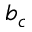
b _ { c }